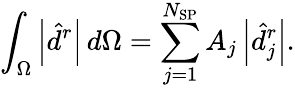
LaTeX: \int_{\Omega}\left\lvert\hat{d}^{r}\right\rvert\, d\Omega=\sum_{j=1}^{N_{\mathrm{SP}}}A_{j}\left\lvert\hat{d}_{j}^{r}\right\rvert.